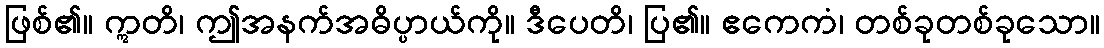
ဖြစ်၏။ ဣတိ၊ ဤအနက်အဓိပ္ပာယ်ကို။ ဒီပေတိ၊ ပြ၏။ ဧကေကံ၊ တစ်ခုတစ်ခုသော။